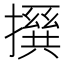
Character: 𪮵